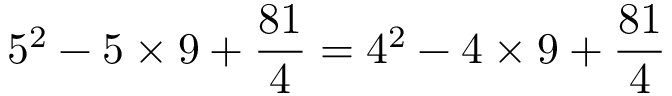
5 ^ { 2 } - 5 \times 9 + { \frac { 8 1 } { 4 } } = 4 ^ { 2 } - 4 \times 9 + { \frac { 8 1 } { 4 } }